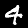
Digit: 4